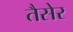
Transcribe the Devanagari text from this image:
तैसेर